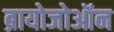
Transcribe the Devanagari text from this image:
ब्रायोजोऑन